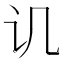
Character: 讥